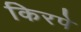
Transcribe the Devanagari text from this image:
किरपे